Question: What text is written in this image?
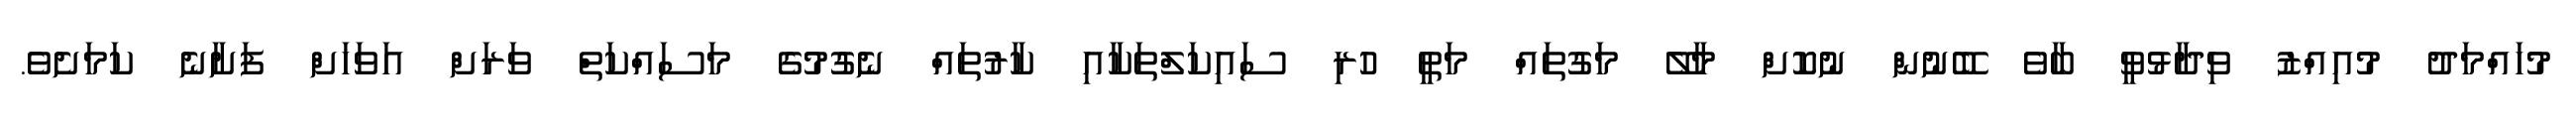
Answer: މުހައްމަދު މުއިއްޒު ވިދާޅުވީ ބާވެ ބޭނުން ނުކޮށް މާލޭ މަގުތައް މަތީ ހުރި ސައިކަލްތަކާއި ކާރުތައް ނެގުމުގެ މަސައްކަތް ވަރަށް އަވަހަށް ފަށާނެ ކަމަށެވެ.